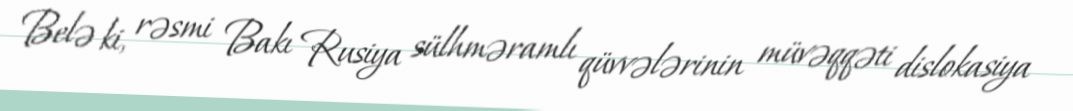
Belə ki, rəsmi Bakı Rusiya sülhməramlı qüvvələrinin müvəqqəti dislokasiya